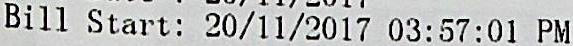
BILL START: 20/11/2017 03:57:01 PM